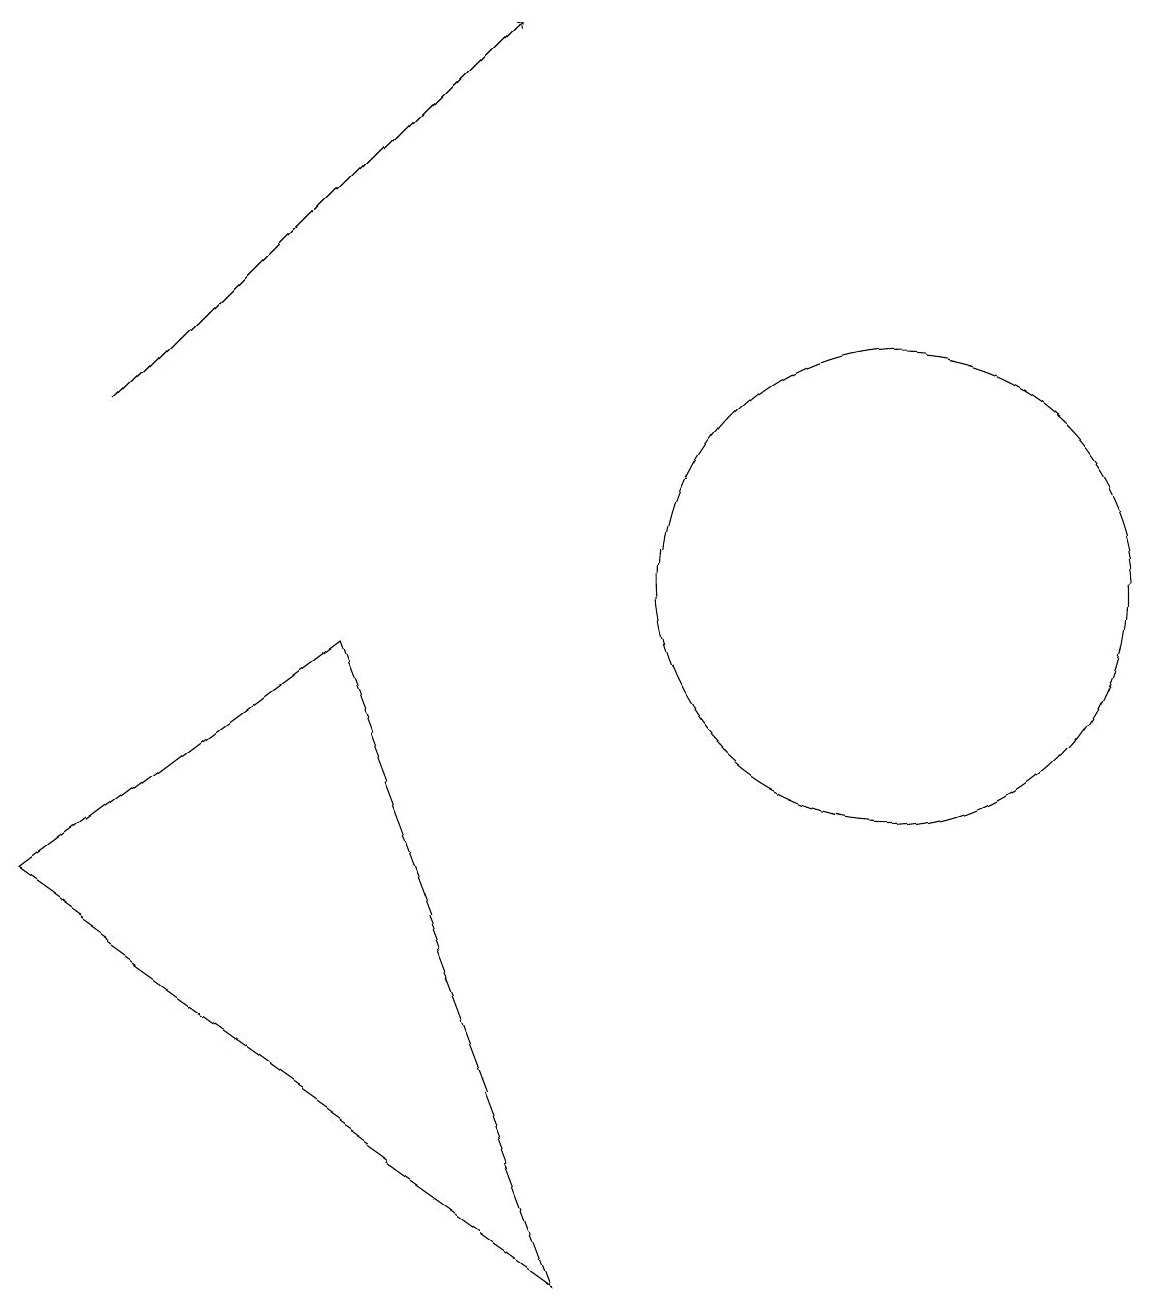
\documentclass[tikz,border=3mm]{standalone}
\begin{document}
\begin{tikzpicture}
\draw (12,10) circle (3);
\draw[->] (2,12) -- (7,17);
\draw (1,6) -- (8,1) -- (5,9) -- cycle;
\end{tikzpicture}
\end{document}